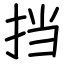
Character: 挡